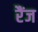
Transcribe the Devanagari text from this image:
रैंज